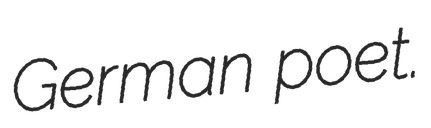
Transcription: German poet.